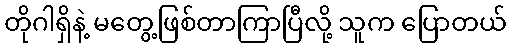
တိုဂါရှိနဲ့ မတွေ့ဖြစ်တာကြာပြီလို့ သူက ပြောတယ်